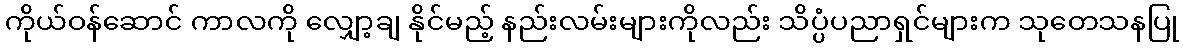
ကိုယ်ဝန်ဆောင် ကာလကို လျှော့ချ နိုင်မည့် နည်းလမ်းများကိုလည်း သိပ္ပံပညာရှင်များက သုတေသနပြု